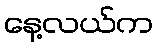
နေ့လယ်က